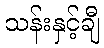
သန်းနှင့်ချီ